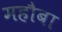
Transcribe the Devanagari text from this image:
महौबा